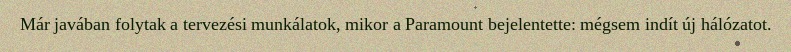
Már javában folytak a tervezési munkálatok, mikor a Paramount bejelentette: mégsem indít új hálózatot.